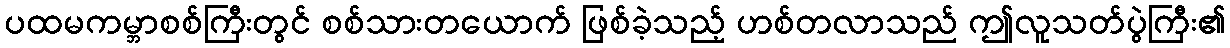
ပထမကမ္ဘာစစ်ကြီးတွင် စစ်သားတယောက် ဖြစ်ခဲ့သည့် ဟစ်တလာသည် ဤလူသတ်ပွဲကြီး၏